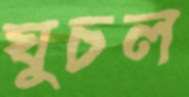
ঘুচল